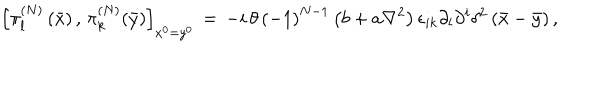
\left[ \pi _ { l } ^ { \left( N \right) } \left( \bar { x } \right) , \, \pi _ { k } ^ { \left( N \right) } ( \bar { y } ) \right] _ { x ^ { 0 } = y ^ { 0 } } \, = \, - i \, \theta \, \left( - 1 \right) ^ { N - 1 } \left( b + a \nabla ^ { 2 } \right) \epsilon _ { i k } \partial _ { l } \partial ^ { i } \delta ^ { 2 } \left( \bar { x } - \bar { y } \right) ,